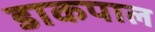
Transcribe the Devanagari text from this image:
डाकपाल